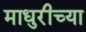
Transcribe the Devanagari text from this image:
माधुरीच्या